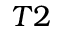
T 2